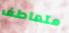
متعاطف